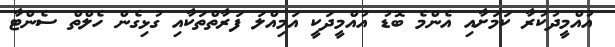
އުއްމީދުކުރާ ކަމަށާއި އެންމެ ބޮޑު އުއްމީދަކީ އަމިއްލަ ފަރާތްތަކާއި ގުޅިގެން ހެލްތް ސެންޓާ